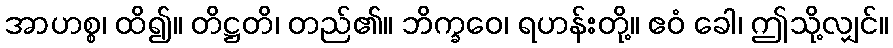
အာဟစ္စ၊ ထိ၍။ တိဋ္ဌတိ၊ တည်၏။ ဘိက္ခဝေ၊ ရဟန်းတို့။ ဧဝံ ခေါ၊ ဤသို့လျှင်။